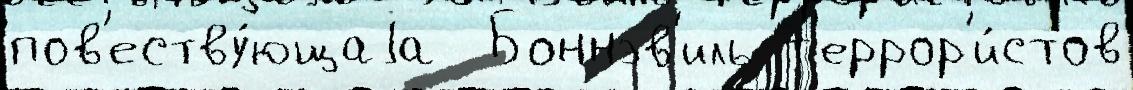
пов'еству́ющаjа  Боннэв'иль т'еррор'и́стов